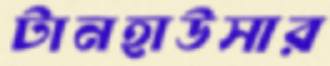
টানহাউসার